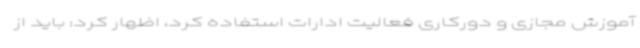
آموزش مجازی و دورکاری فعالیت ادارات استفاده کرد، اظهار کرد: باید از